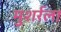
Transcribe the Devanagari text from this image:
मुशर्रला